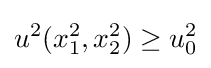
u^{2}(x_{1}^{2},x_{2}^{2})\geq u_{0}^{2}